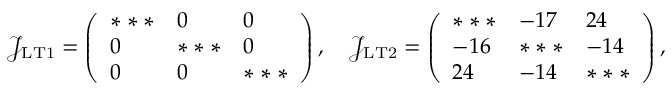
\mathcal { J _ { \mathrm { L T 1 } } } = \left( \begin{array} { l l l } { * * * } & { 0 } & { 0 } \\ { 0 } & { * * * } & { 0 } \\ { 0 } & { 0 } & { * * * } \end{array} \right) , \quad \mathcal { J _ { \mathrm { L T 2 } } } = \left( \begin{array} { l l l } { * * * } & { - 1 7 } & { 2 4 } \\ { - 1 6 } & { * * * } & { - 1 4 } \\ { 2 4 } & { - 1 4 } & { * * * } \end{array} \right) ,